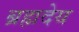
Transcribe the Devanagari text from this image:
ब्रह्मदेय